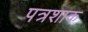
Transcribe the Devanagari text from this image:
पत्रशाक